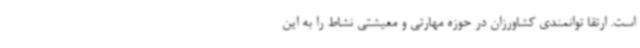
است. ارتقا توانمندی کشاورزان در حوزه مهارتی و معیشتی نشاط را به این